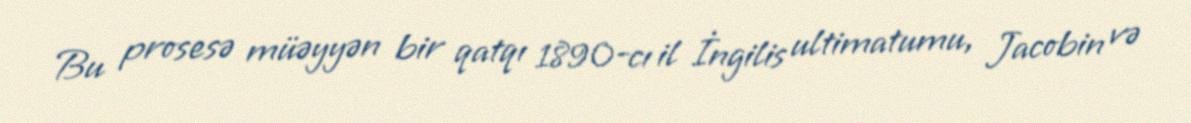
Bu prosesə müəyyən bir qatqı 1890-cı il İngilis ultimatumu, Jacobin və